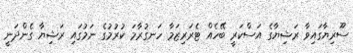
ސޫރިޔާގައިވާ ރަޝިޔާގެ އަސްކަރީ ބޭހެއް ޓެރަރިޒަމާ ހަނގުރާމަ ކުރުމުގެ ނަމުގައި ރަޝިޔާ ގެންދަނީ